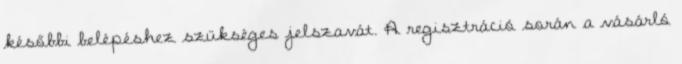
későbbi belépéshez szükséges jelszavát. A regisztráció során a vásárló